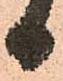
日